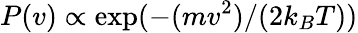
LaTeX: P(v)\propto\exp(-(mv^{2})/(2k_{B}T))